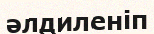
әлдиленіп